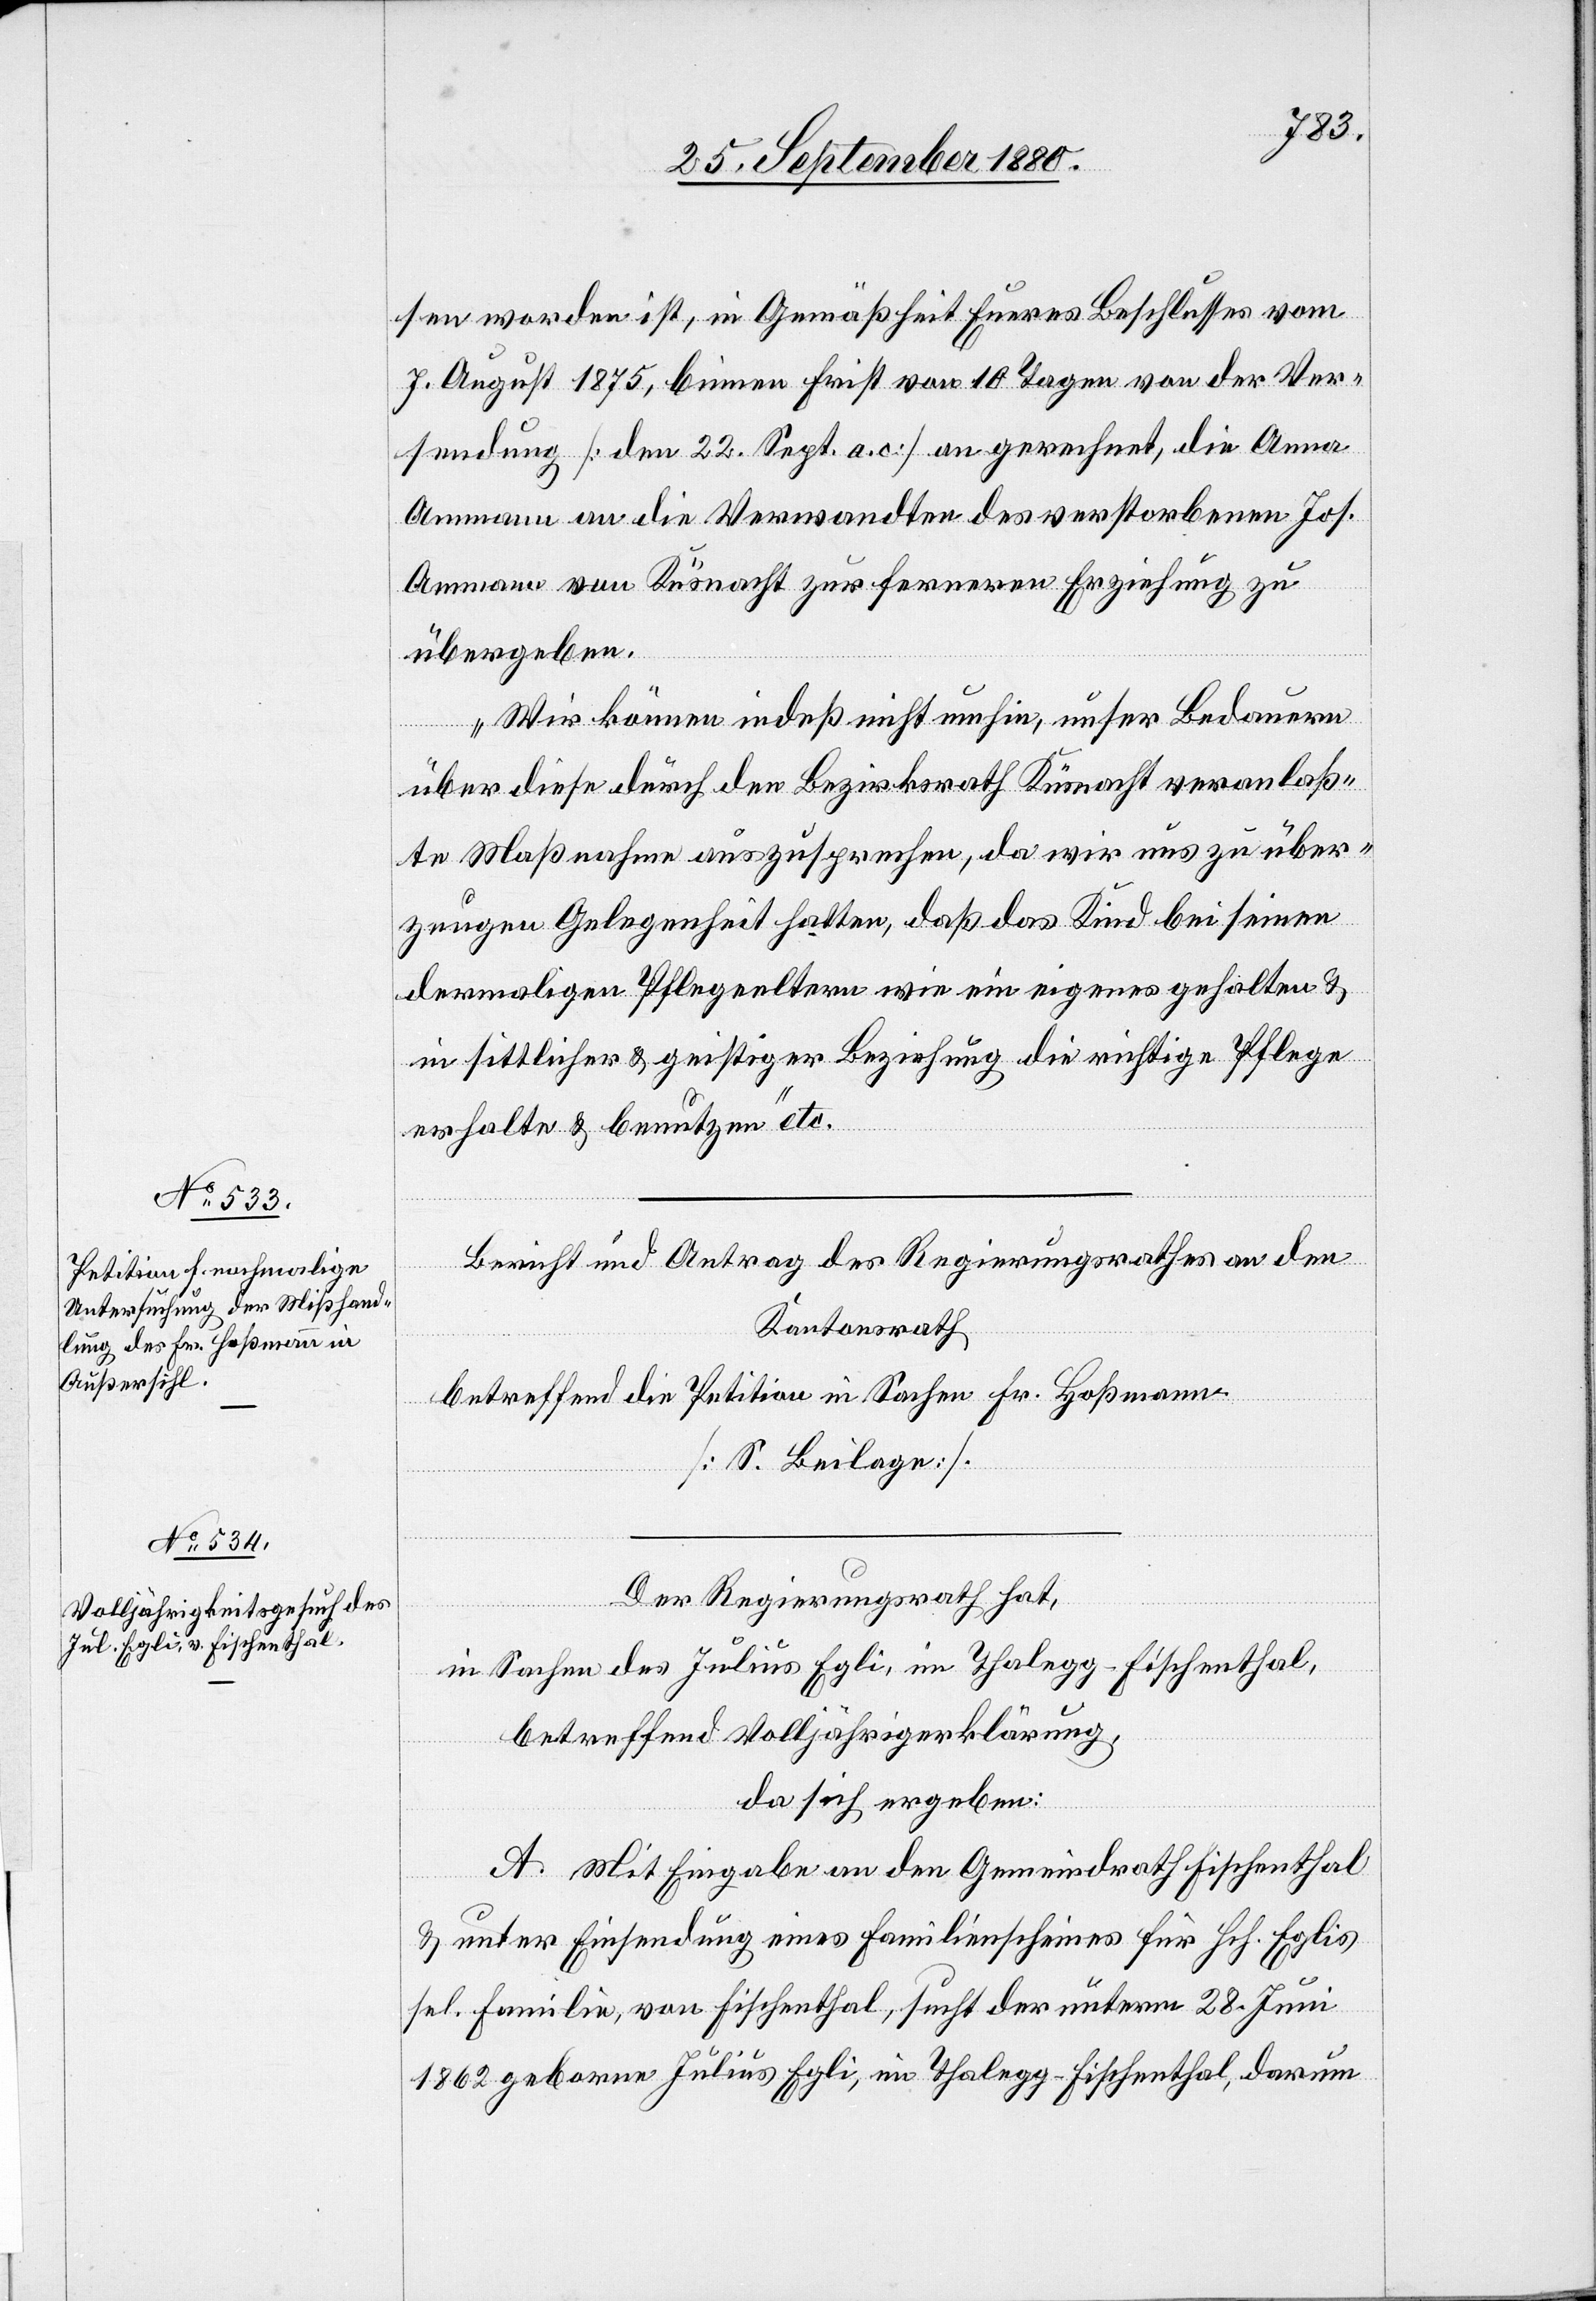
sen worden ist, in Gemäßheit Eueres Beschlusses vom
7. August 1875 binnen Frist von 10 Tagen von der Ver¬
sendung [den 22. Sept. a. c.] an gerechnet, die Anna
Ammann an die Verwandten des verstorbenen Jos.
Ammann von Küsnacht [sic!] zur ferneren Erziehung zu
übergeben.
Wir können indeß nicht umhin, unser Bedauern
über diese durch den Bezirksrath Küsnacht veranlaß¬
te Maßnahme auszusprechen, da wir uns zu über¬
zeugen Gelegenheit hatten, daß das Kind bei seinen
dermaligen Pflegeeltern wie ein eigenes gehalten &
in sittlicher & geistiger Beziehung die richtige Pflege
erhalte & benutzen“ etc.
Bericht und Antrag des Regierungsrathes an den
Kantonsrath
betreffend die Petition in Sachen Hr. Hoßmann
[S. Beilage].
Der Regierungsrath hat,
in Sachen des Julius Egli, im Thalegg - Fischenthal,
betreffend Volljährigkeitserklärung,
da sich ergeben:
A. Mit Eingabe an den Gemeindrath Fischenthal
& unter Einsendung eines Familienscheines für Hch. Eglis
sel. Familie, von Fischenthal, sucht der unterm 28. Juni
1862 geborene Julius Egli, im Thalegg - Fischenthal, darum